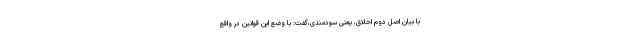
با بیان اصل دوم اخلاق، یعنی سودمندی،گفت: با وضع این قوانین در واقع